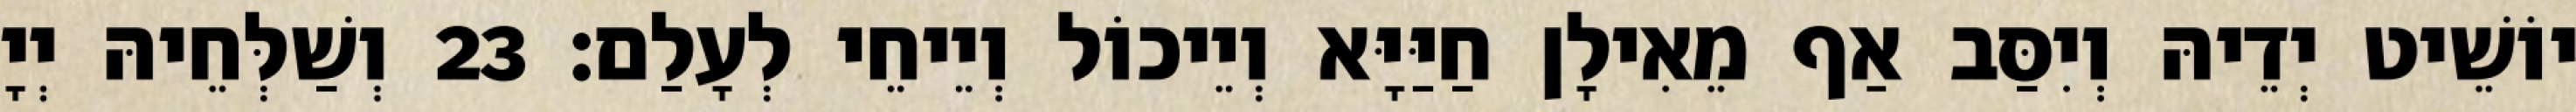
יוֹשֵׁיט יְדֵיהּ וְיִסַּב אַף מֵאִילָן חַיַּיָּא וְיֵיכוֹל וְיֵיחֵי לְעָלַם׃ 23 וְשַׁלְּחֵיהּ יְיָ